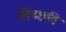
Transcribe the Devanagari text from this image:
लिच्‍छवि